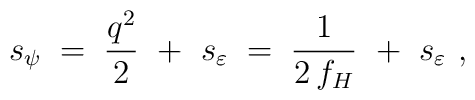
s_\psi \;=\; \frac{q^2}{2}~+~s_\varepsilon \;=\; \frac{1}{2\,f_H}~+~s_\varepsilon~,